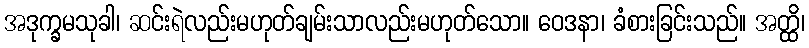
အဒုက္ခမသုခါ၊ ဆင်းရဲလည်းမဟုတ်ချမ်းသာလည်းမဟုတ်သော။ ဝေဒနာ၊ ခံစားခြင်းသည်။ အတ္ထိ၊